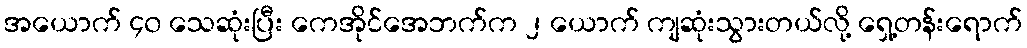
အယောက် ၄၀ သေဆုံးပြီး ကေအိုင်အေဘက်က ၂ ယောက် ကျဆုံးသွားတယ်လို့ ရှေ့တန်းရောက်